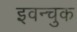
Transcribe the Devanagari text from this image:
इवन्चुक